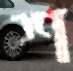
শ